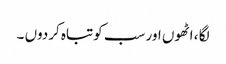
لگا ، اٹھوں اور سب کوتباہ کردوں ۔